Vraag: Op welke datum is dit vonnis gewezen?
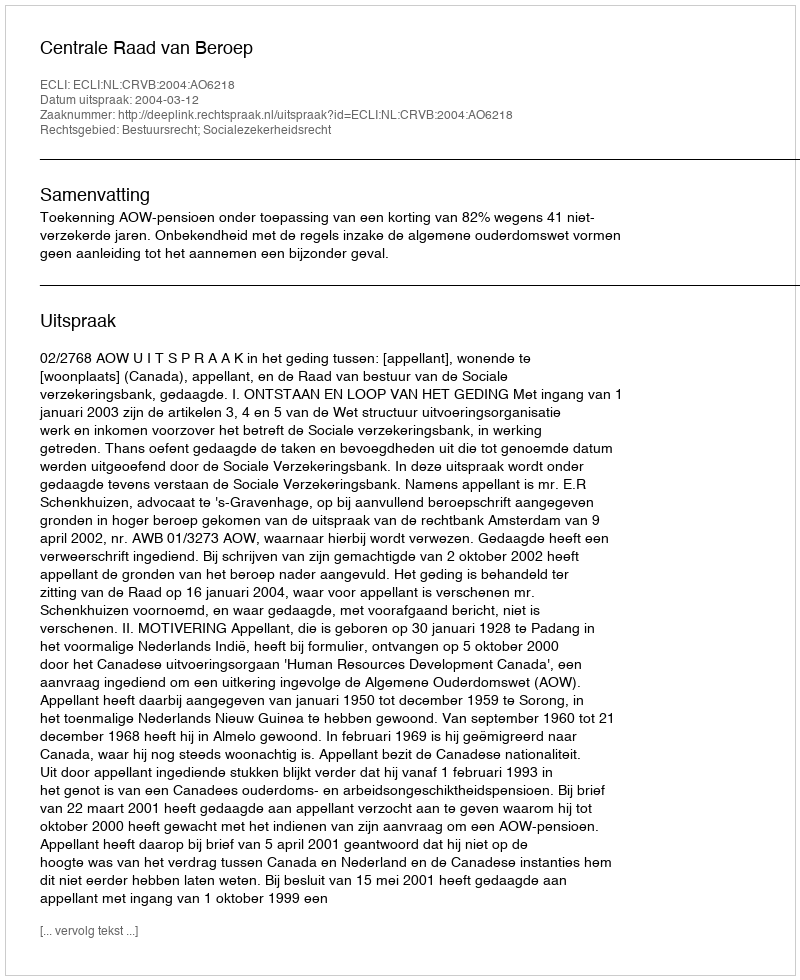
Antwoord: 2004-03-12